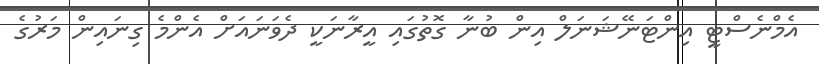
އެމްނެސްޓީ އިންޓަނޭޝަނަލް އިން ބުނާ ގޮތުގައި އީރާނަކީ ދެވަނައަށް އެންމެ ގިނައިން މަރުގެ